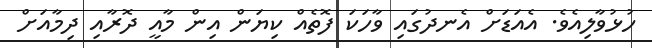
ހުޅުވާލިއެވެ. އެއަޑަށް އެނދުގައި ވާހަކަ ފޮތެއް ކިޔަން އިން މާއީ ދޮރާއި ދިމާއަށް